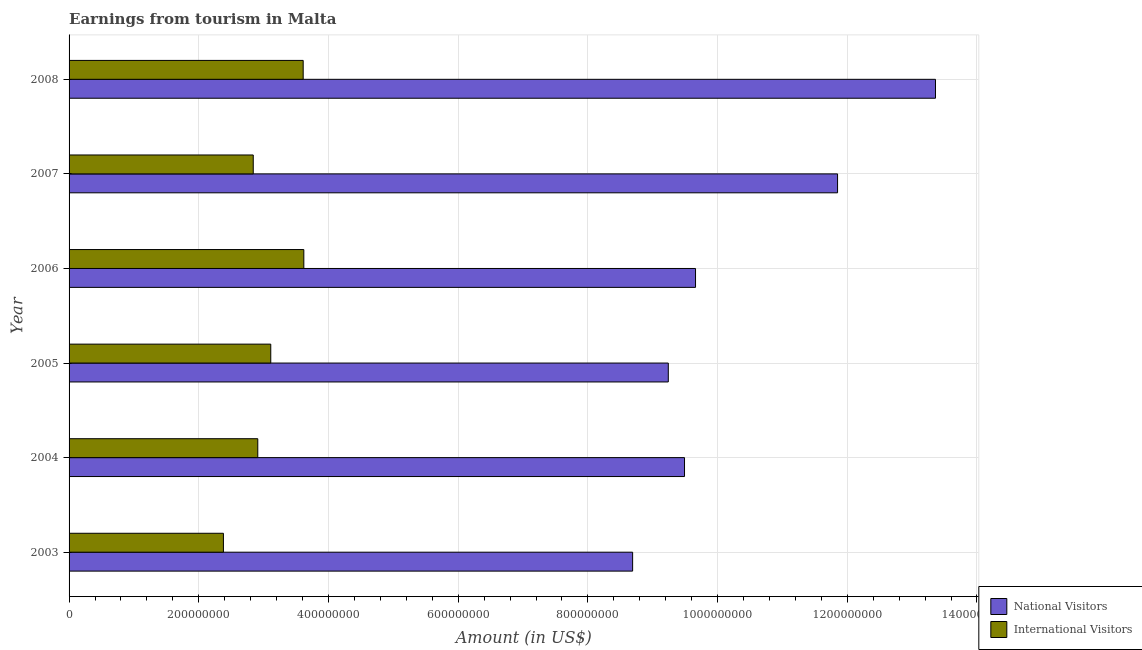
| Year | National Visitors | International Visitors |
 | --- | --- | --- |
 | 2003 | 8.69e+08 | 2.38e+08 |
 | 2004 | 9.49e+08 | 2.91e+08 |
 | 2005 | 9.24e+08 | 3.11e+08 |
 | 2006 | 9.66e+08 | 3.62e+08 |
 | 2007 | 1.18e+09 | 2.84e+08 |
 | 2008 | 1.34e+09 | 3.61e+08 |